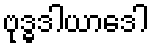
ဗုဒ္ဓဒါယာဒေါ